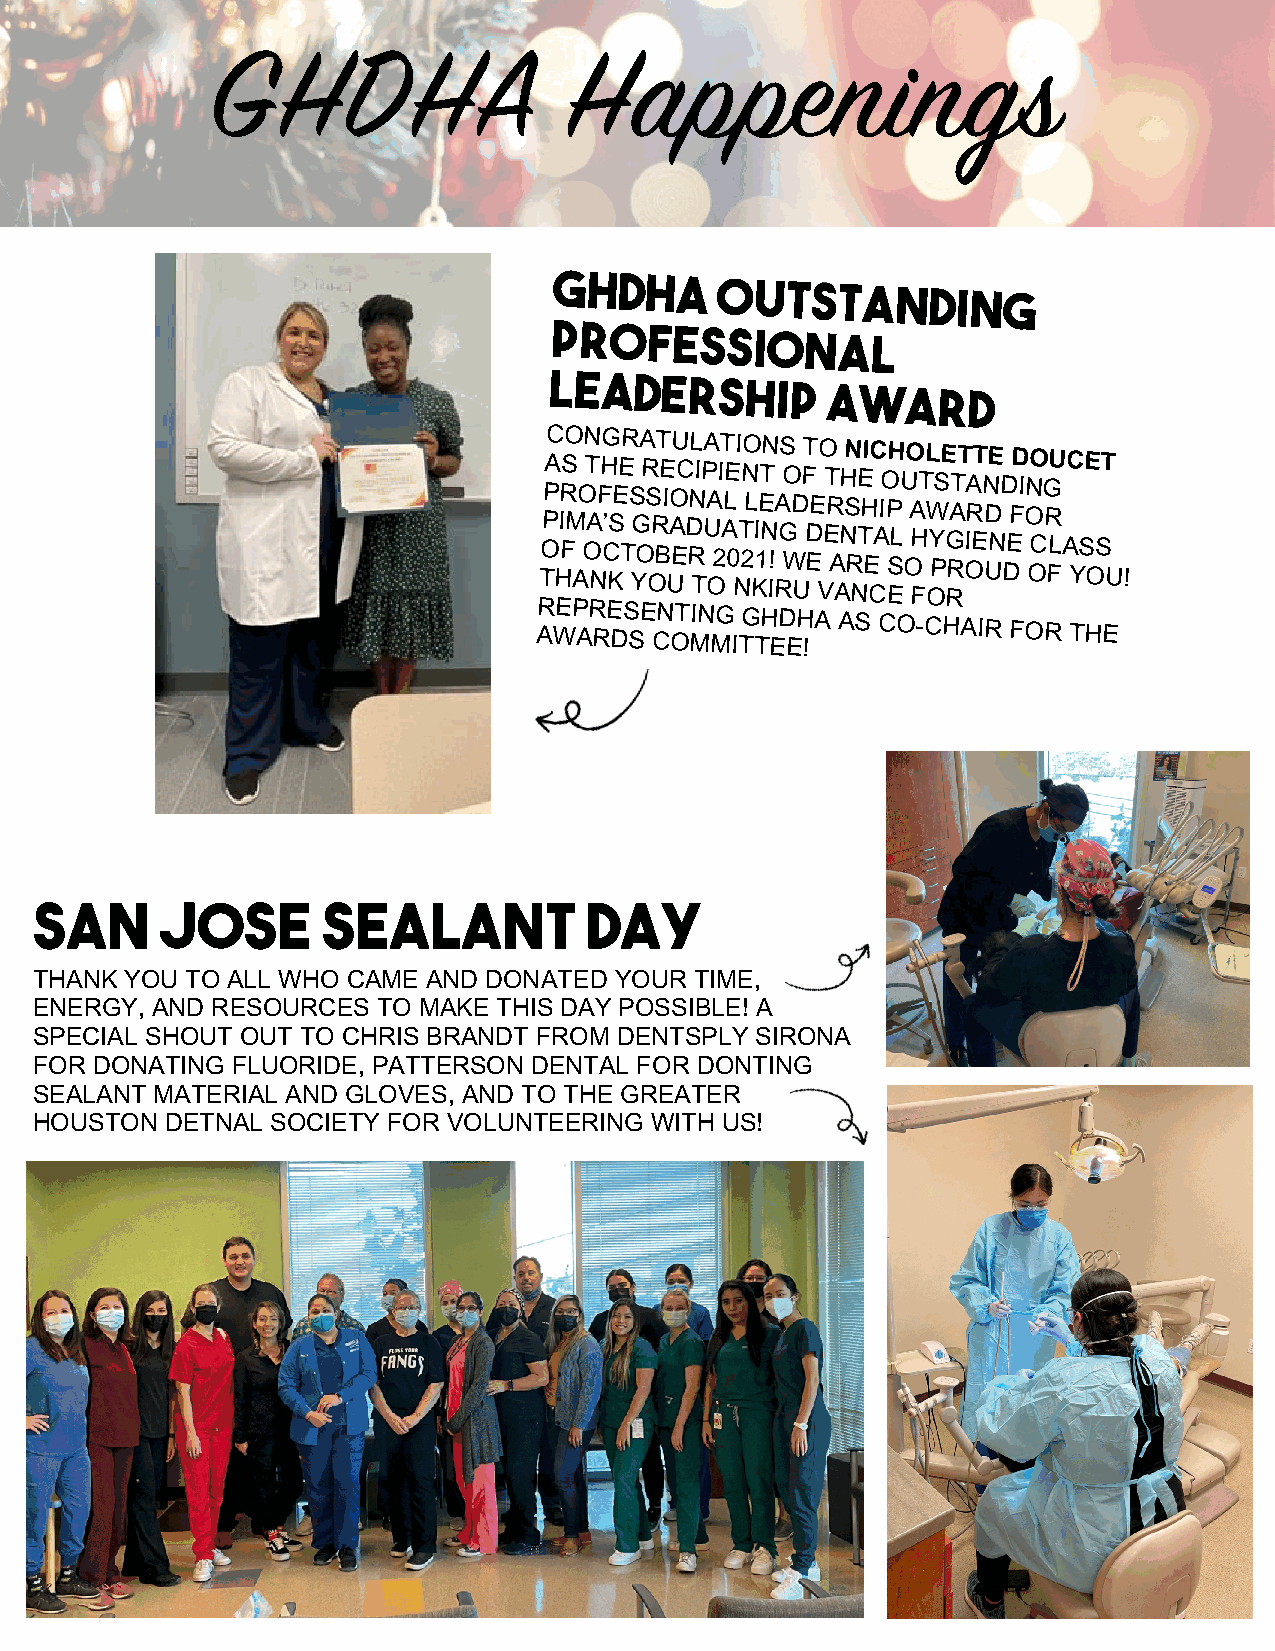
GHDHA                  Happenings
 GHDHA
 OUTSTANDING
 PROFESSIONAL
 LEADERSHIP
 AWARD
 TOPPAC HIR FSO M
 A
 O ON T A NFHG C’ KSEE TR S YG OA R S OR BT E I UO AU EC D RNL TIPA U A O2IT ALE
 0
 NI T 2NO L KI 1ET NN I!A
 R
 GS O WD
 U
 FT D EE VO ET R
 A
 A
 H NSN
 R
 NE THI
 E
 CC A I O P
 S
 EH LU
 O
 O A H FT L W OY PSE G RRATT I OA R ET N UDE ND
 D
 EFD I ON OO CG R FU L A C YSE OST
 U !
 AR WEP AR RE DS SE CN OT MIN MG
 I
 TG TH ED EH
 !
 A AS CO-CHAIR FOR THE
 SAN      JOSE      SEALANT           DAY
 THANK YOU TO ALL WHO CAME AND DONATED  YOUR TIME,
 ENERGY, AND RESOURCES  TO MAKE THIS DAY POSSIBLE! A
 SPECIAL SHOUT OUT TO CHRIS BRANDT FROM DENTSPLY SIRONA
 FOR DONATING FLUORIDE, PATTERSON DENTAL FOR DONTING
 SEALANT MATERIAL AND GLOVES, AND TO THE GREATER
 HOUSTON  DETNAL SOCIETY FOR VOLUNTEERING WITH US!